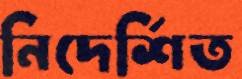
নিদের্শিত